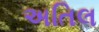
અતિલ